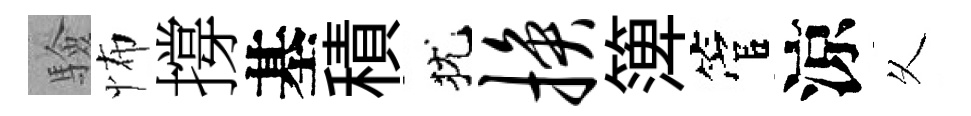
驗怖撐基積犹换𥱼管涼乆